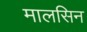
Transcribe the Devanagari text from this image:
मालसिन